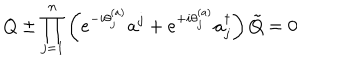
LaTeX: Q \pm \prod _ { j = 1 } ^ { n } \left( e ^ { - i \theta _ { j } ^ { ( a ) } } a ^ { j } + e ^ { + i \theta _ { j } ^ { ( a ) } } a _ { j } ^ { \dagger } \right) \tilde { Q } = 0